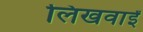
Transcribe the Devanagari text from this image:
लिखवाईं